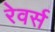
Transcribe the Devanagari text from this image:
रेवर्स